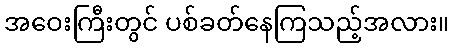
အဝေးကြီးတွင် ပစ်ခတ်နေကြသည့်အလား။